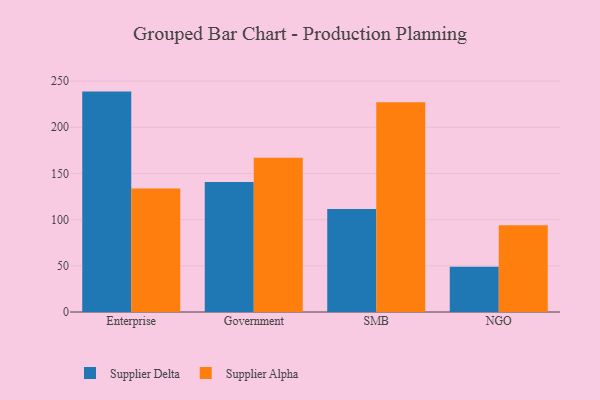
{"axis": {"x": "Segment", "y": "Population (Million)"}, "legend": ["Supplier Alpha", "Supplier Delta"], "data": [{"x": "Enterprise", "y": 238.6, "type": "Supplier Delta"}, {"x": "Enterprise", "y": 133.7, "type": "Supplier Alpha"}, {"x": "Government", "y": 140.7, "type": "Supplier Delta"}, {"x": "Government", "y": 166.9, "type": "Supplier Alpha"}, {"x": "SMB", "y": 111.5, "type": "Supplier Delta"}, {"x": "SMB", "y": 227.0, "type": "Supplier Alpha"}, {"x": "NGO", "y": 49.0, "type": "Supplier Delta"}, {"x": "NGO", "y": 93.8, "type": "Supplier Alpha"}]}